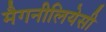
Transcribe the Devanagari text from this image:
मैगनीलियेसी